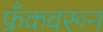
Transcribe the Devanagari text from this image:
फ्रँकवरून